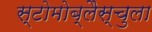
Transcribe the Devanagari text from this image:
स्टोमोब्लैस्चुला